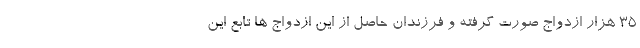
۳۵ هزار ازدواج صورت گرفته و فرزندان حاصل از این ازدواج ها تابع این